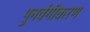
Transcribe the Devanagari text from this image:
पुनर्वगीकरण